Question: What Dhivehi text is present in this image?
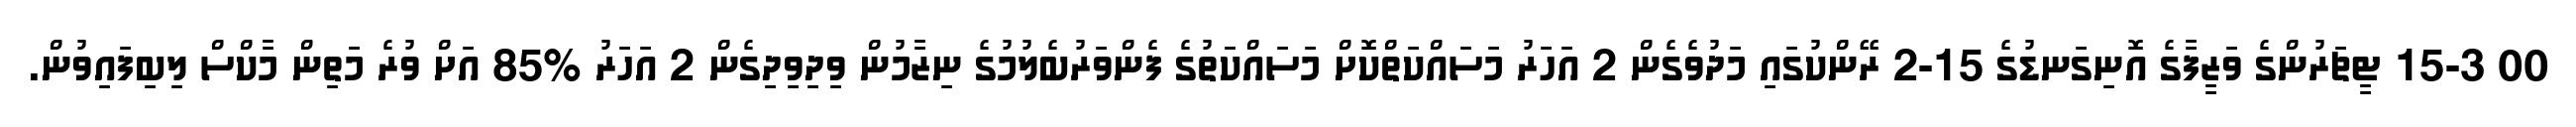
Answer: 00 15-3 ޓީޗަރުންގެ ވަޒީފާގެ އޮނިގަނޑުގެ 15-2 ރޭންކުގައި މަދުވެގެން 2 އަހަރު މަސައްކަތްކޮށް މަސައްކަތުގެ ފެންވަރުބެލުމުގެ ނިޒާމުން ވިދިވިދިގެން 2 އަހަރު %85 އަށް ވުރެ މަތިން މާކްސް ލިބިފައިވުން.